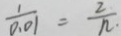
\frac { 1 } { 0 . 0 1 } = \frac { 2 } { n . }